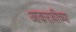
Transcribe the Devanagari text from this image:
आकरावीच्या